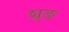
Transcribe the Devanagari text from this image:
शुङ